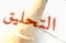
التحليق